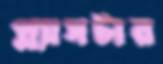
প্ল্যাসটার